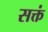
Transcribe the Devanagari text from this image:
सक्तं